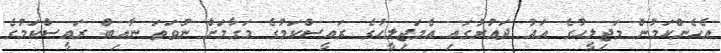
އެހެންކަމުން މަޖިލީހުގެ އައު ދައުރުގައި އެމަޖިލީހުގެ ރައީސްކަމުގެ މަގާމަށް ނުވަތަ ނާއިބް ރައީސްކަމުގެ